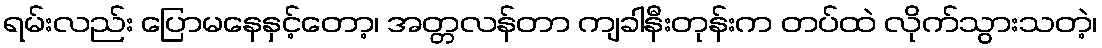
ရမ်းလည်း ပြောမနေနှင့်တော့၊ အတ္တလန်တာ ကျခါနီးတုန်းက တပ်ထဲ လိုက်သွားသတဲ့၊